Vaccination returns of the Province of Eastern Bengal and Assam - 1905-1912
Year: 1905
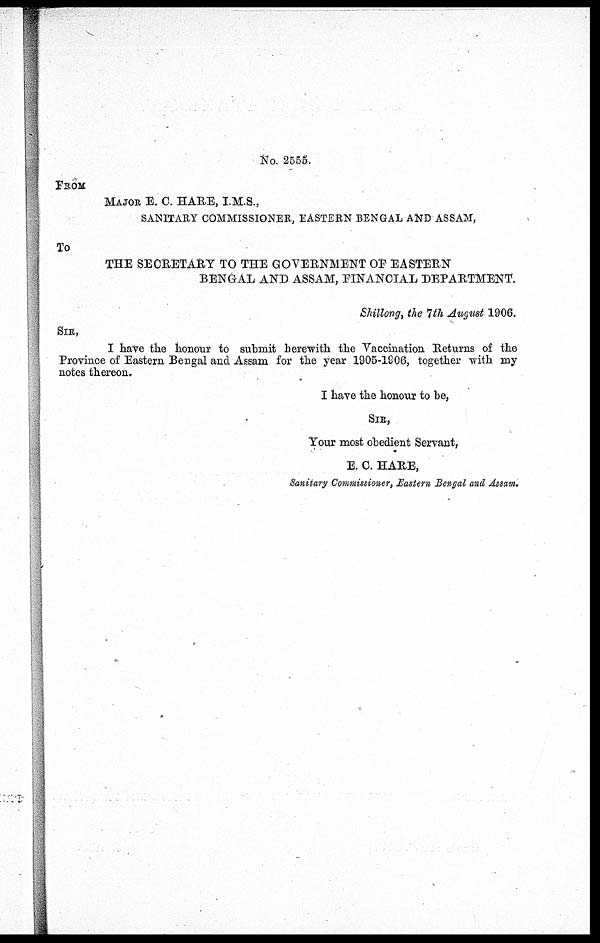
No. 2555.
FROM
MAJOR E. C. HARE, I.M.S.,
SANITARY COMMISSIONER, EASTERN BENGAL AND ASSAM,
To
THE SECRETARY TO THE GOVERNMENT OF EASTERN
BENGAL AND ASSAM, FINANCIAL DEPARTMENT.
Shillong, the 7th August 1906.
SIR,
I have the honour to submit herewith the Vaccination Returns of the
Province of Eastern Bengal and Assam for the year 1905-1906, together with my
notes thereon.
I have the honour to be,
SIR,
Your most obedient Servant,
E. C. HARE,
Sanitary Commissioner, Eastern Bengal and Assam.